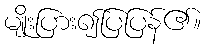
မျိုးပြား၍ပြပြန်၏။